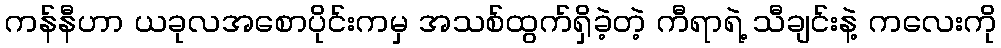
ကန်နီဟာ ယခုလအစောပိုင်းကမှ အသစ်ထွက်ရှိခဲ့တဲ့ ကီရာရဲ့ သီချင်းနဲ့ ကလေးကို